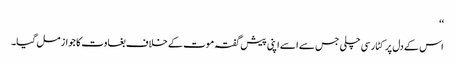
‘‘
اس کے دل پر کٹار سی چلی جس سے ا سے اپنی پیش گفتہ موت کے خلاف بغاوت کا جواز مل گیا۔